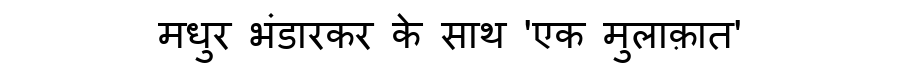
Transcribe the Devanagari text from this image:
मधुर भंडारकर के साथ 'एक मुलाक़ात'